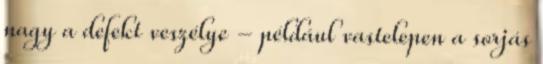
nagy a defekt veszélye - például vastelepen a sorjás